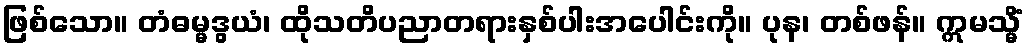
ဖြစ်သော။ တံဓမ္မဒွယံ၊ ထိုသတိပညာတရားနှစ်ပါးအပေါင်းကို။ ပုန၊ တစ်ဖန်။ ဣမသ္မိံ